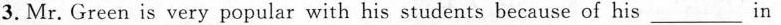
3.Mr. Green is very popular with his students because of his\underlinein